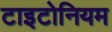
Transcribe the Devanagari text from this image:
टाइटोनियम